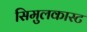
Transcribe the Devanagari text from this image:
सिमुलकास्ट